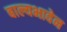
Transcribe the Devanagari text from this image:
बाल्यभावेन